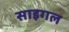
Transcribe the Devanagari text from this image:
साइगल